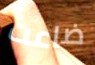
ضاعت